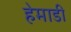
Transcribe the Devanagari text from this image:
हेमाडी